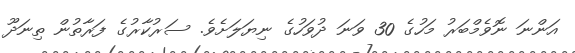
އަންނަ ނޮވެމްބަރު މަހުގެ 30 ވަނަ ދުވަހުގެ ނިޔަލަށެވެ. ސަރުކާރުގެ ފަރާތުން ތިނަދޫ